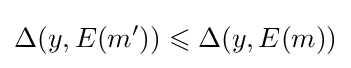
\Delta (y,E(m'))\leqslant \Delta (y,E(m))